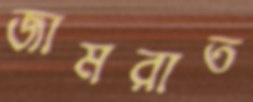
জামরাত